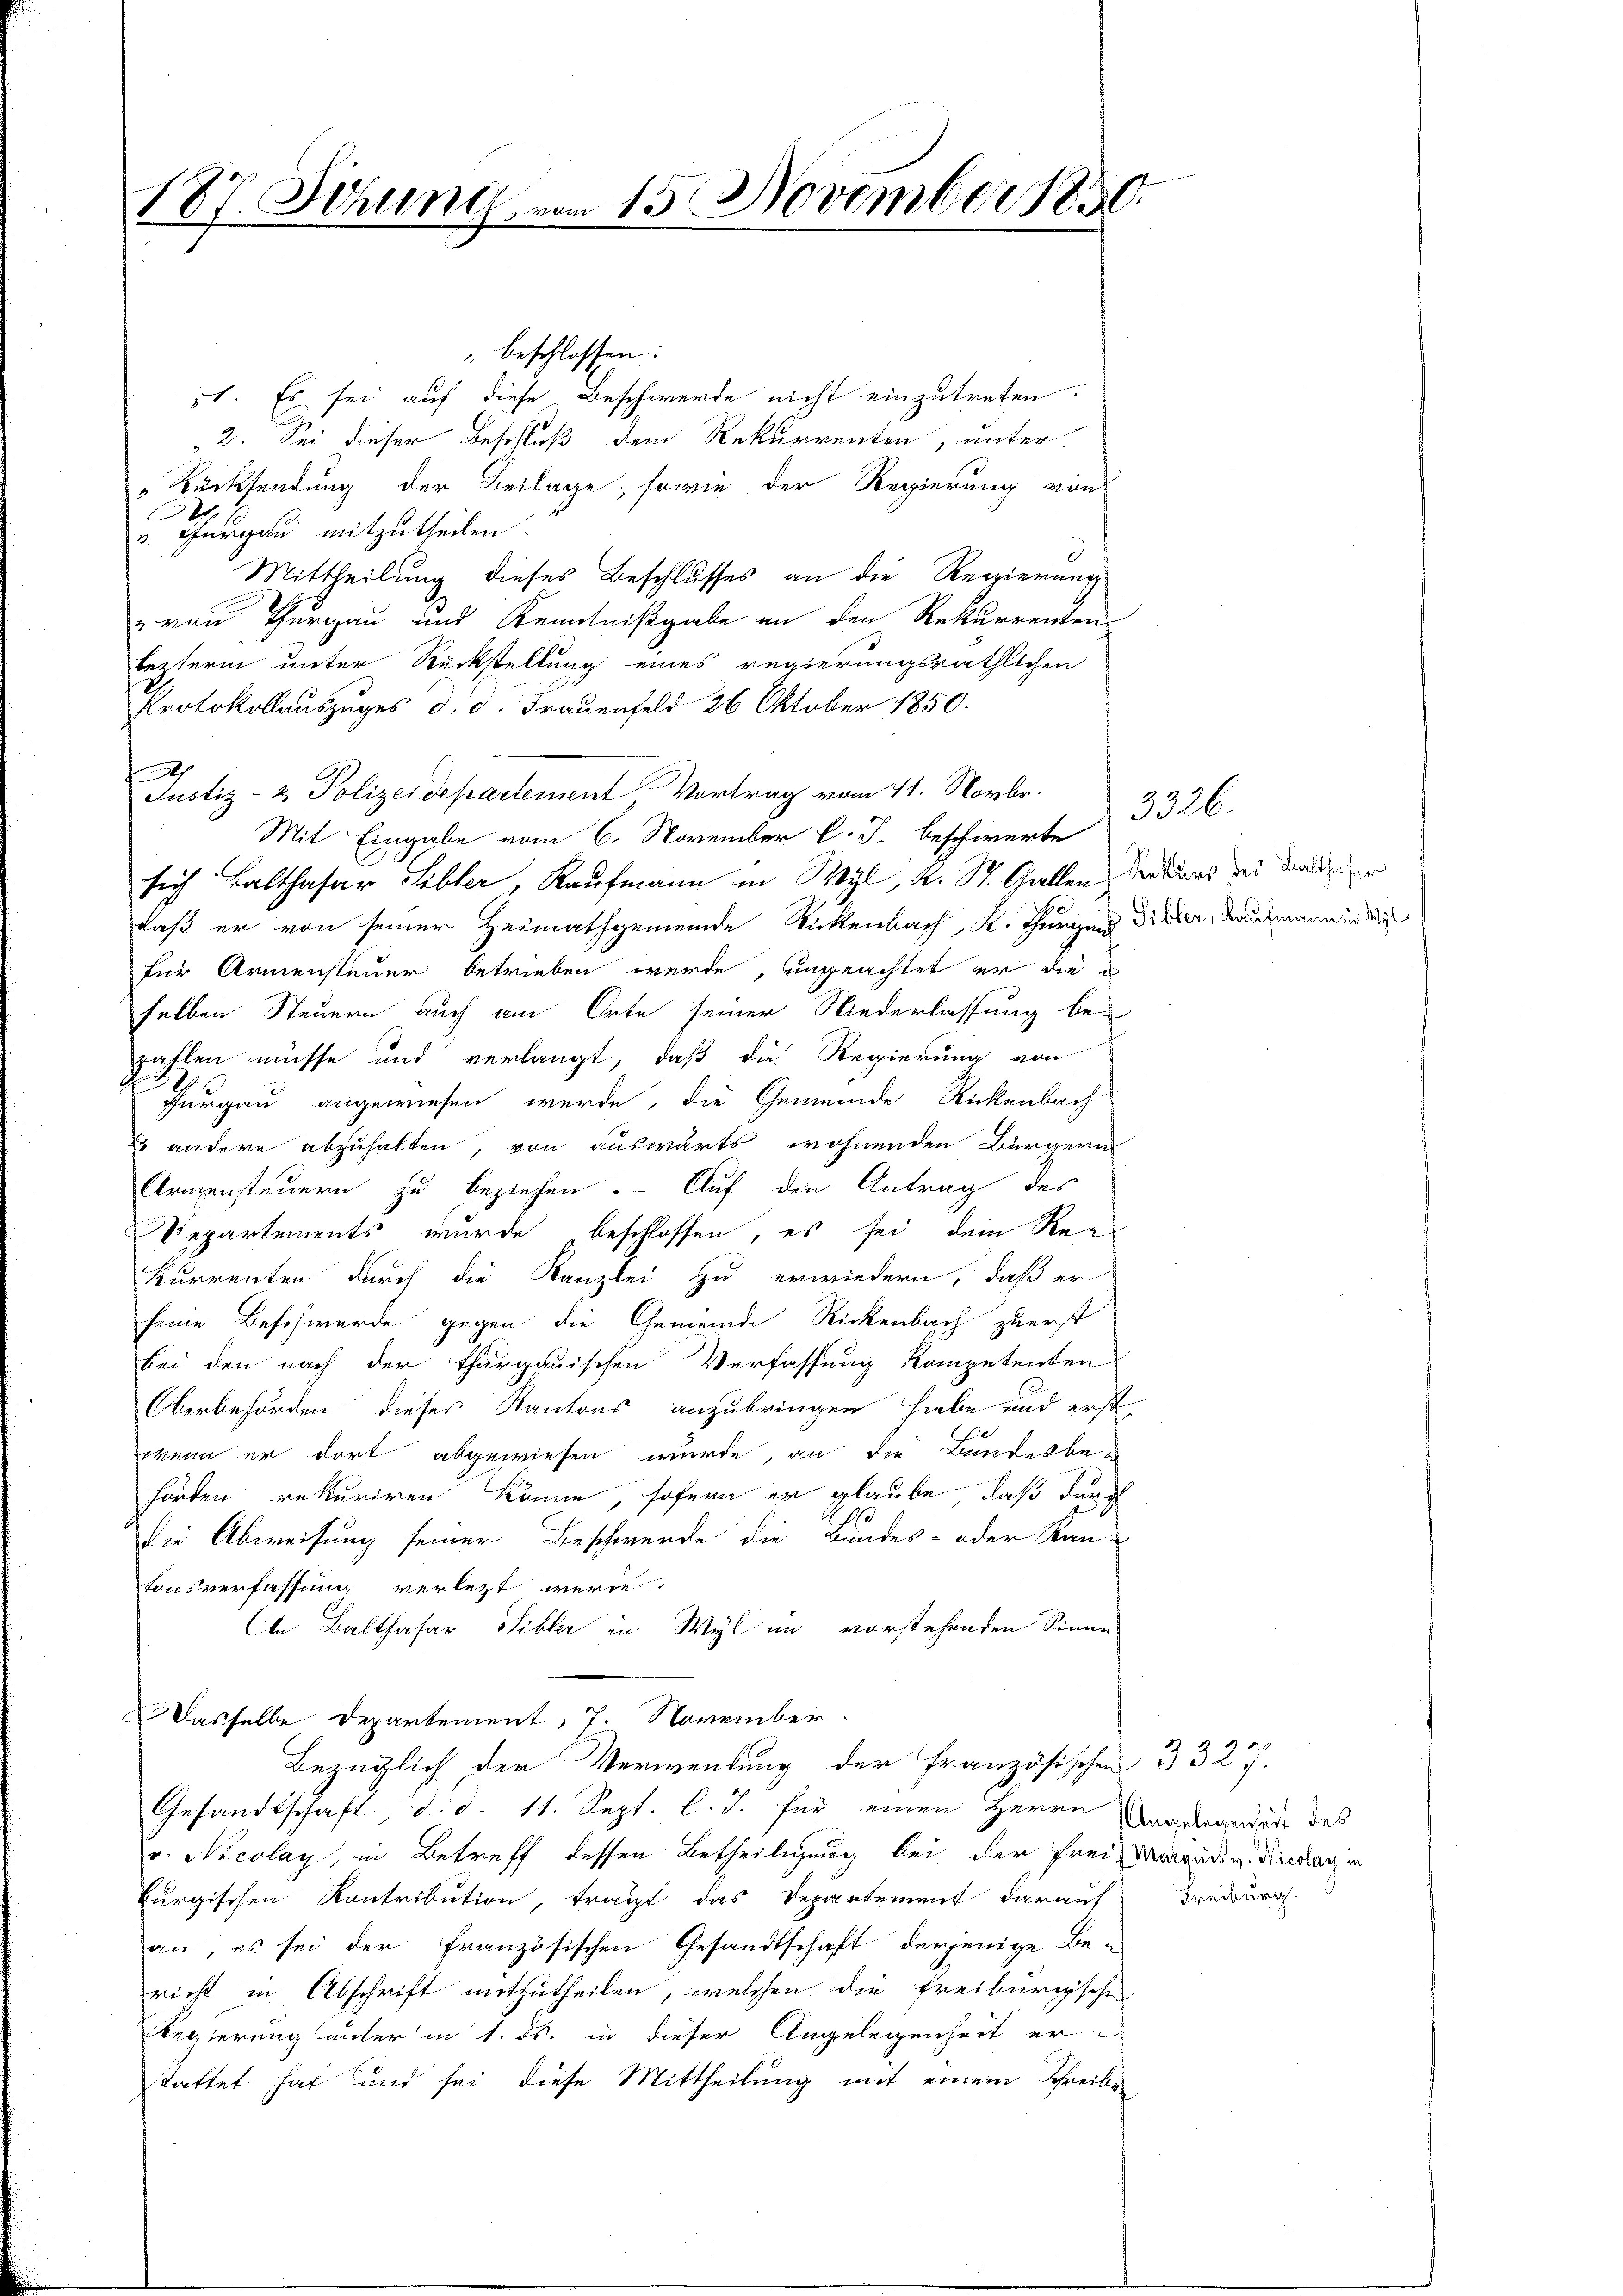
187. Sitzung vom 15. November 1850.

" beschlossen:
51. Es sei auf diese Beschwerde nicht einzutreten.
2. Sei dieser Beschluß dem Rekurrenten, unter
„Rücksendung der Beilage; sowie der Regierung von
21.
E
v. Thurgau mitzutheilen
Mittheilung dieses Beschlusses an die Regierung
van Thurgau und Kenntnißgabe an den Rekurrenten
lezterm unter Rückstellung eines regierungsräthlichen
Protokollauszuges d. d. Frauenfeld 26 Oktober 1850.
Justiz- & Polizeidepartement, Vortrag vom 11. Novbr.
Mit Eingabe vom 6. November l. J. beschwerte
sich Balthasar Sebler, Kaufmann in Wyl, k. St. Gallen der Kurs des Maler
daß er von seiner Heimathgemeinde Rickenbach, K. Thurgang Dicker, Kaufmann in der
für Armensteuer betrieben werde, ungeachtet er die
selben Steuern auch am Orte seiner Niederlassung bei
zahlen müsse und verlangt, daß die Regierung von
Haugau angewiesen werde, die Gemeinde Rickenbach
Es andere abzuhalten, von auswärts wohnenden Bürgern
Armensteuern zu beziehen. Auf den Antrag des
Departements wurde beschlossen, es sei dem Reg
Kurrenten durch die Kanzlei zu erwiedern, daß er
seine Beschwerde gegen die Gemeinde Rickenbach zuerst
bei den nach der thurgauischen Verfassung kompetenten
Oberbehörden dieses Kantons anzubringen hiebe und erst
wenn er dort abgewiesen wurde, an die Bundesbei
hörten rekuriren könne, sofern er glaube, daß durch
10
Die Abweisung seiner Beschwerde die Bundes- oder Kan-
tonsverfassung verletzt werde
te Balthasar Sibler in Wyl im vorstehenden Sinne
Dasselbe Departement, 7. November.
Bezüglich der Verwendung der Französischen 3 327.
Gesandtschaft, d. d. 11. Sept. l. J. für einen Herrn Vergangerade das
r. Nicolay, in Betreff dessen Betheiligung bei der Frei Magen v. Lindage
Curgischen Kontribution, tragt das Departement darauf
an, es sei der französischen Gesandtschaft derjenige Be-
richt in Abschrift mitzutheilen, welchen die Freiburgsche
Regierung unter in 1. ds. in dieser Angelegenheit erstattet hat und sei diese Mittheilung mit einem Schreiben,

3326.

Freiburg.